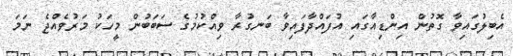
އެބިލުގައިވާ ގޮތުން އިންޑިއާގައި އުފައްދާފައިވާ ބަނގުރާ ވިއްކުމުގެ ސަބަބުން މީހަކު މަރުވެއްޖެ ނަމަ